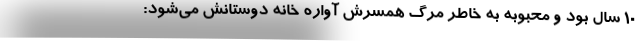
١٠ سال بود و محبوبه به خاطر مرگ همسرش آواره خانه دوستانش می‌شود: